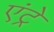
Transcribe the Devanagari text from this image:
एंट्रे